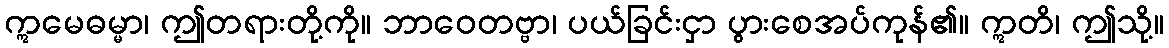
ဣမေဓမ္မာ၊ ဤတရားတို့ကို။ ဘာဝေတဗ္ဗာ၊ ပယ်ခြင်းငှာ ပွားစေအပ်ကုန်၏။ ဣတိ၊ ဤသို့။